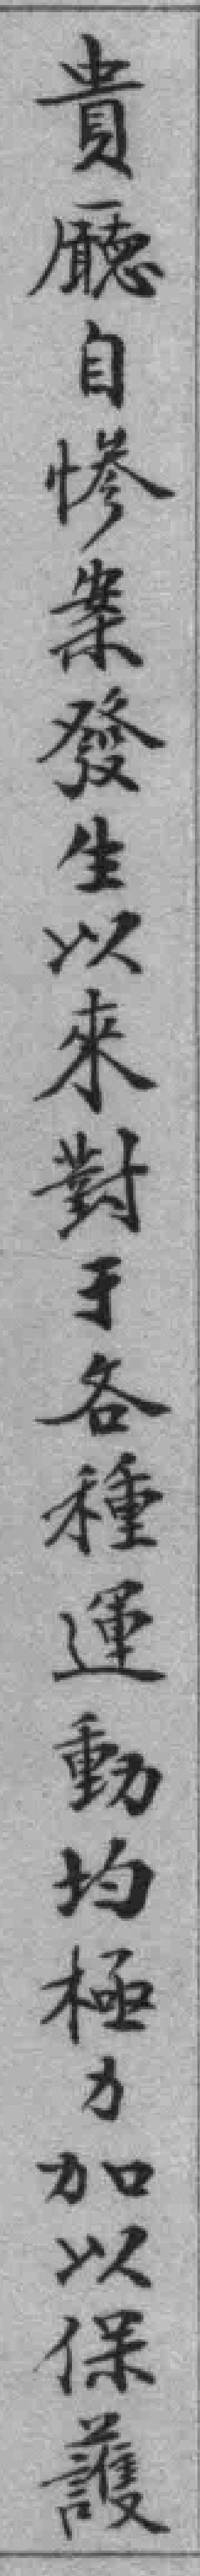
貴廳自惨案發生以來對手各種運動均極加以保護